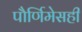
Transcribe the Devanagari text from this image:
पौर्णिमेसही